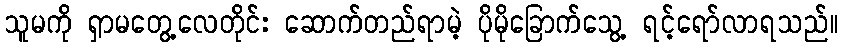
သူမကို ရှာမတွေ့လေတိုင်း ဆောက်တည်ရာမဲ့ ပိုမိုခြောက်သွေ့ ရင့်ရော်လာရသည်။